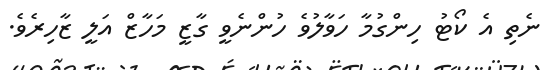
ނެތި އެ ކޯޓު ހިންގުމާ ހަވާލުވެ ހުންނެވީ ގާޒީ މަހާޒް އަލީ ޒާހިރެވެ.